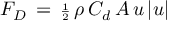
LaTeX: F _ { D } \, = \, { \scriptstyle { \frac { 1 } { 2 } } } \, \rho \, C _ { d } \, A \, u \, | u |